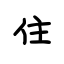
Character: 住